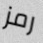
رمز